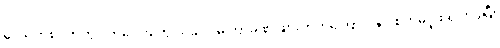
ဒေသတစ်ဝိုက်တွင် ကလေးတွေ ယခုလို မကြာခဏ ဖျားတတ်ကြောင်းနှင့် စိတ်မပူဖို ရှင်းပြပြီး